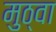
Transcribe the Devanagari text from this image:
मुठ्वा